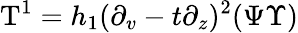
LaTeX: \mathrm{T}^{1}=h_{1}(\partial_{v}-t\partial_{z})^{2}(\Psi\Upsilon)